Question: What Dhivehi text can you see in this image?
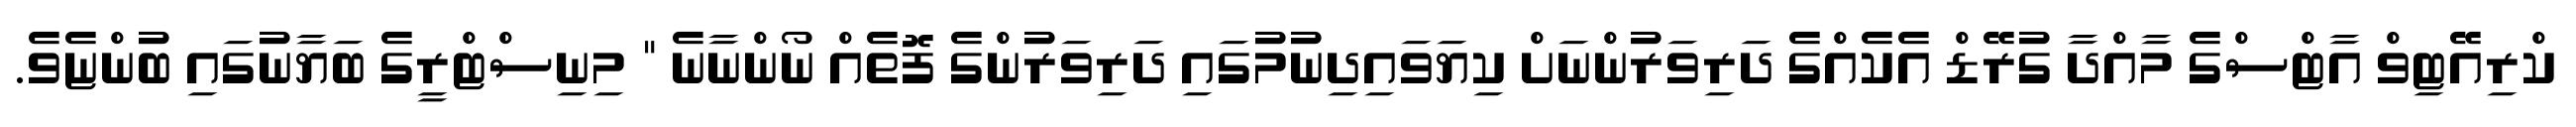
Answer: ކްރިއޭޓިވް އާޓްސްގެ މާއްދާ ގުރޭޑް އެކެއްގެ ދަރިވަރުންނަށް ކިޔަވައިދިނުމުގައި ދަރިވަރުންގެ ފޮތެއް ނޯންނާނެ " މިނިސްޓްރީގެ ބަޔާނުގައި ބުންޏެވެ.